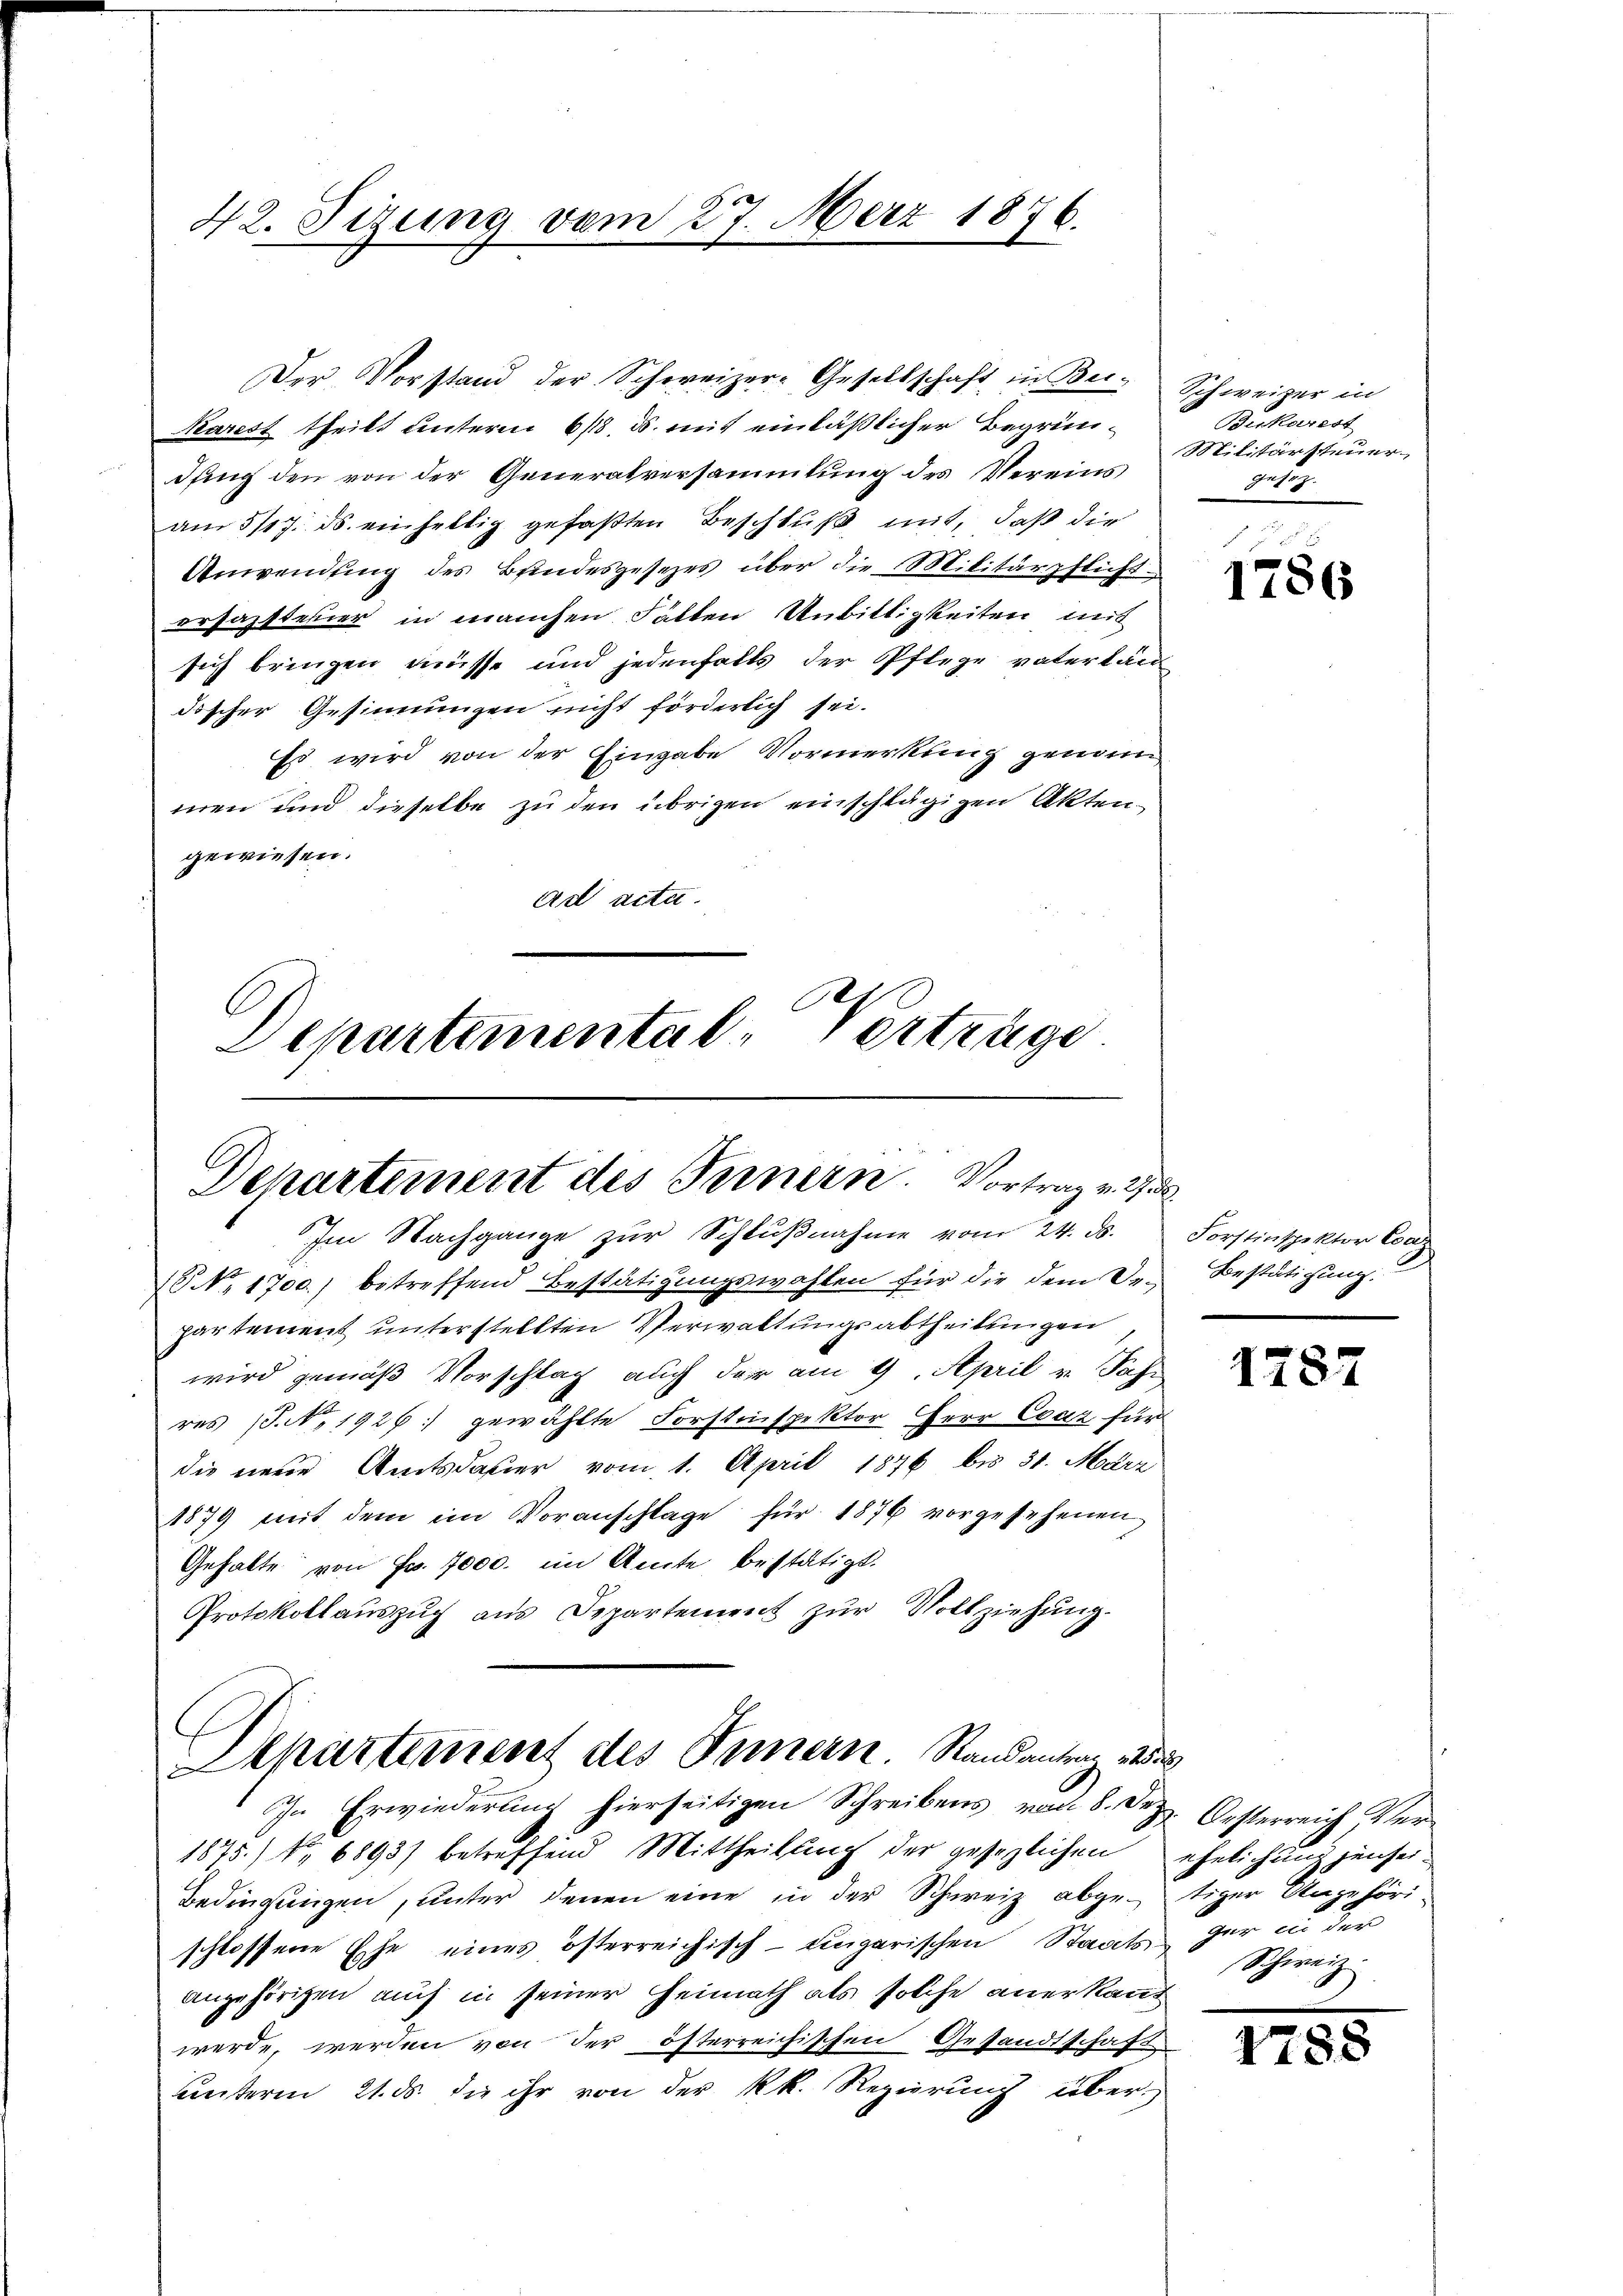
42. Sizung vom 27. März 1876.

Karest theilt unterm 6/18. ds. mit einläßlicher Begründung den von der Generalversammlung des Vereins
am 5/17. ds. einhellig gefaßten Beschluß mit, daß die
Anwendung des Bundesgesezes über die Militärpflicht
erfassteuer in manchen Fällen Unbiltigkeiten mit
sich bringen müsse und jedenfalls der Pflege vaterländischer Gesinnungen nicht förderlich sei.
Es wird von der Eingabe Vormerkung genann
men und dieselbe zu den übrigen einschlägigen Akten
gewiesen.
ad acta.
C
Departemental-Verträge

Der Vorstand der Schweizer-Gesellschaft in Bei- Schweizer in

Departement des Fernern. Vortrag v. 2
Im Nachgange zur Schlŭβnahme vom 24. ds.

18. 1700.) betreffend Bestätigungswahlen für die dem Urpartement unterstellten Verwaltungsabtheilungen
wird gemäß Vorschlag auch der am 9. April v. Jahr
res (S. N. 1926: gewählte Forstinspektor Herr Evaz für
die neue Amtsdauer vom 1. April 1876 bis 31. März
1879 mit dem im Voranschlage für 1876 vorgesehenen,
Gehalte von Fr. 7000. im Amte bestätigt.
Protokollaŭszŭg ans Departement zŭr Vollziehŭng.
Alkartement des Innern. Randantrag des
In Erwiederung hierseitigen Schreibens von 8. Pr. Oesterreich Ver¬
1875.) No 6893) betreffend Mittheilung der gesezlichen
Bedingungen, unter denen eine in der Schweiz abge-tiger Angehörischlossene Ehe eines österreichisch-ungarischen Staats der in der
angehörigen auch in seiner Heimath als solche anerkannt
werde, werden von der öfterreichischen Gesandtschaft
unterm 21. ds. die ihr von der kk. Regierŭng über

Bikarest
Militärssteuer
7

158
1786

Forstinspektor Con
Bestätigung.

1787

ehelichung jensei-
Schweiz

1458